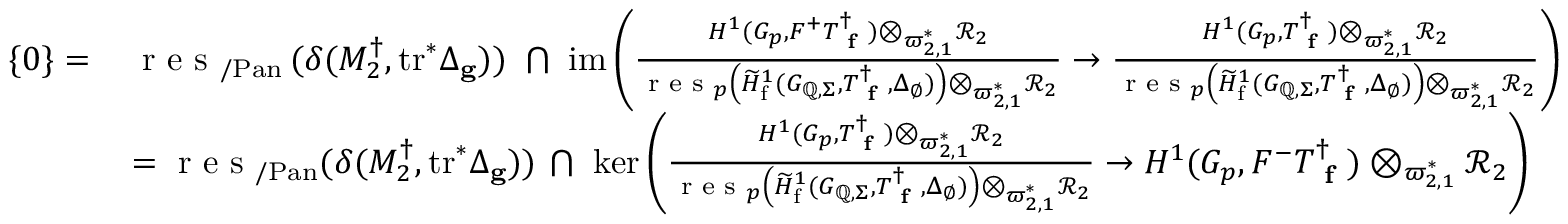
\begin{array} { r l } { \{ 0 \} = \, } & { \textup { r e s } _ { / \mathrm { P a n } } \, ( \delta ( M _ { 2 } ^ { \dagger } , \mathrm { t r } ^ { * } \Delta _ { \mathbf { g } } ) ) \, \, \bigcap \, \, \mathrm { i m } \left( \frac { H ^ { 1 } ( G _ { p } , F ^ { + } T _ { \textup { \bf f } } ^ { \dagger } ) \otimes _ { \varpi _ { 2 , 1 } ^ { * } } \mathcal { R } _ { 2 } } { \textup { r e s } _ { p } \left( \widetilde { H } _ { \mathrm { f } } ^ { 1 } ( G _ { \mathbb { Q } , \Sigma } , T _ { \textup { \bf f } } ^ { \dagger } , \Delta _ { \emptyset } ) \right) \otimes _ { \varpi _ { 2 , 1 } ^ { * } } \mathcal { R } _ { 2 } } \to \frac { H ^ { 1 } ( G _ { p } , T _ { \textup { \bf f } } ^ { \dagger } ) \otimes _ { \varpi _ { 2 , 1 } ^ { * } } \mathcal { R } _ { 2 } } { \textup { r e s } _ { p } \left( \widetilde { H } _ { \mathrm { f } } ^ { 1 } ( G _ { \mathbb { Q } , \Sigma } , T _ { \textup { \bf f } } ^ { \dagger } , \Delta _ { \emptyset } ) \right) \otimes _ { \varpi _ { 2 , 1 } ^ { * } } \mathcal { R } _ { 2 } } \right) } \\ & { = \textup { r e s } _ { / \mathrm { P a n } } ( \delta ( M _ { 2 } ^ { \dagger } , \mathrm { t r } ^ { * } \Delta _ { \mathbf { g } } ) ) \, \bigcap \, \, \ker \left( \frac { H ^ { 1 } ( G _ { p } , T _ { \textup { \bf f } } ^ { \dagger } ) \otimes _ { \varpi _ { 2 , 1 } ^ { * } } \mathcal { R } _ { 2 } } { \textup { r e s } _ { p } \left( \widetilde { H } _ { \mathrm { f } } ^ { 1 } ( G _ { \mathbb { Q } , \Sigma } , T _ { \textup { \bf f } } ^ { \dagger } , \Delta _ { \emptyset } ) \right) \otimes _ { \varpi _ { 2 , 1 } ^ { * } } \mathcal { R } _ { 2 } } \to { H ^ { 1 } ( G _ { p } , F ^ { - } T _ { \textup { \bf f } } ^ { \dagger } ) \otimes _ { \varpi _ { 2 , 1 } ^ { * } } \mathcal { R } _ { 2 } } \right) } \end{array}